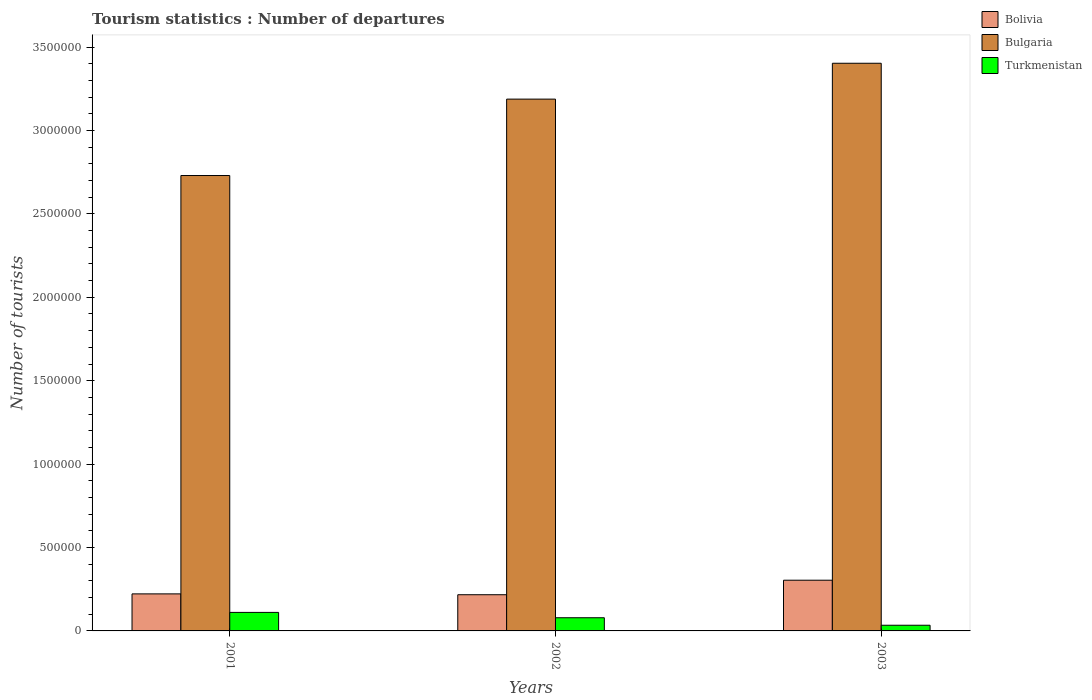
| Years | Bolivia | Bulgaria | Turkmenistan |
 | --- | --- | --- | --- |
 | 2001 | 2.22e+05 | 2.73e+06 | 1.11e+05 |
 | 2002 | 2.17e+05 | 3.19e+06 | 7.9e+04 |
 | 2003 | 3.04e+05 | 3.4e+06 | 3.4e+04 |